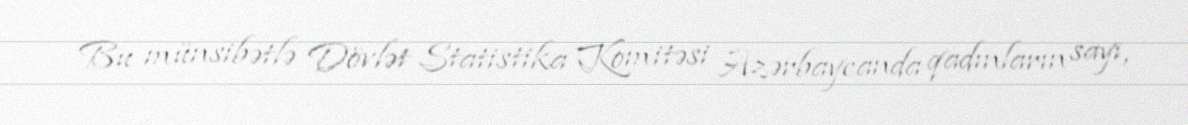
Bu münsibətlə Dövlət Statistika Komitəsi Azərbaycanda qadınların sayı,